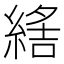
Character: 𦂑